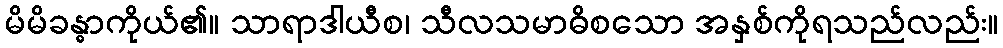
မိမိခန္ဓာကိုယ်၏။ သာရာဒါယီစ၊ သီလသမာဓိစသော အနှစ်ကိုရသည်လည်း။